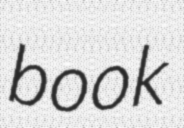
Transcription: book